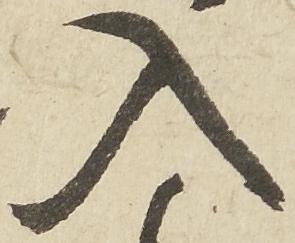
入